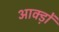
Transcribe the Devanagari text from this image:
आक्ड़ों